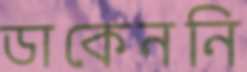
ডাকেননি